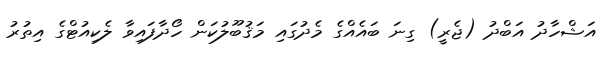
އަޝްހާދު އަބްދު (ޖެރީ) ގިނަ ބައެއްގެ މެދުގައި މަޤުބޫލުކަން ހޯދާފައިވާ ލެކިއުޓްގެ އިތުރު